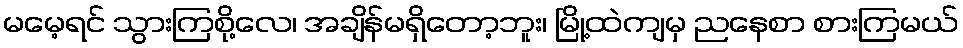
မမေ့ရင် သွားကြစို့လေ၊ အချိန်မရှိတော့ဘူး၊ မြို့ထဲကျမှ ညနေစာ စားကြမယ်